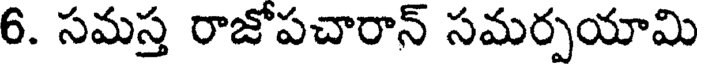
6. సమస్త రాజోపచారాన్ సమర్పయామి